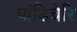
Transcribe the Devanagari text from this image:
पांडिचेरि